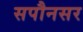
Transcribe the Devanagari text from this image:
सपौनसर